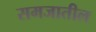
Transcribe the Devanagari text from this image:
समजातील